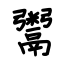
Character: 鬻